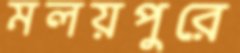
মলয়পুরে